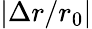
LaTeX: |\Delta r/r_{0}|